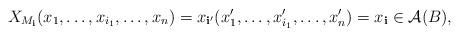
LaTeX: \begin{align*}X_{M_\mathbf i}(x_1, \dots, x_{i_1}, \dots, x_n) = x_{\mathbf i'}(x_1', \dots, x_{i_1}', \dots, x_n') = x_\mathbf i\in \mathcal A(B),\end{align*}